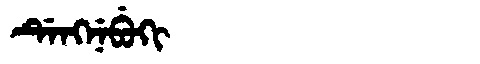
Manchu: ᡩᡝᠩᠨᡝᠪᡠᡴᡳ
Romanization: DENGNEBUKI